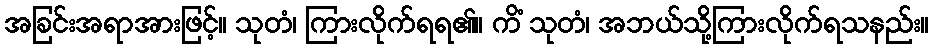
အခြင်းအရာအားဖြင့်။ သုတံ၊ ကြားလိုက်ရရ၏။ ကိံ သုတံ၊ အဘယ်သို့ကြားလိုက်ရသနည်း။